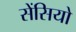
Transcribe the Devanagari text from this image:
सेंसियो